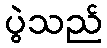
ပွဲသည်